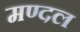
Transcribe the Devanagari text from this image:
मण्दल